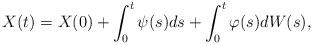
LaTeX: \begin{align*} X(t)=X(0)+\int_0^t \psi(s) ds + \int_0^t \varphi(s) dW(s), \end{align*}